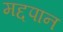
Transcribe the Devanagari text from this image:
मद्दपान